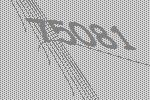
75081